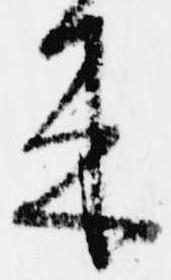
来